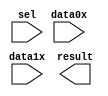
module lpm_mux03793 (
	data0x,
	data1x,
	sel,
	result);

	input	[23:0]  data0x;
	input	[23:0]  data1x;
	input	  sel;
	output	[23:0]  result;

endmodule